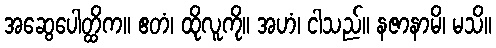
အဆွေပေါတ္ထိက။ ဧတံ၊ ထိုလူကို။ အဟံ၊ ငါသည်။ နဇာနာမိ၊ မသိ။